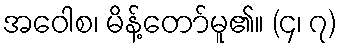
အဝေါစ၊ မိန့်တော်မူ၏။ (၄၊ ၇)